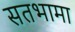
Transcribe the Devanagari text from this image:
सतभामा